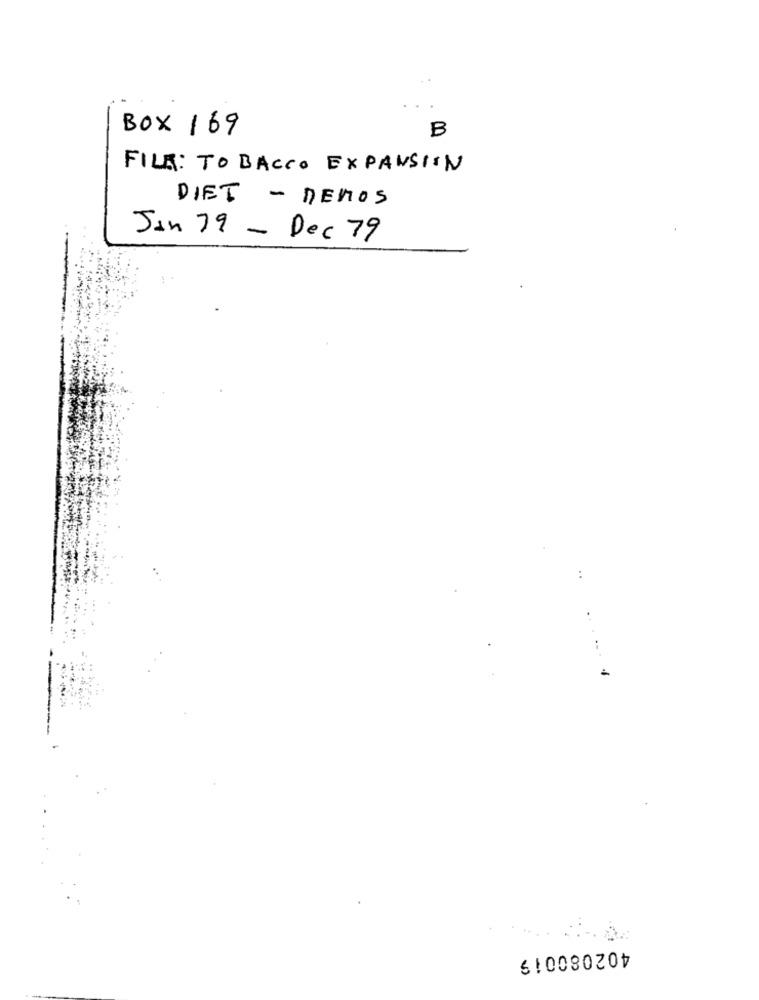
BOX 169
B
FILE: TOBACCO EXPANSION
DIET - DEMOS
Jan 79 - Dec 79
..
402080019